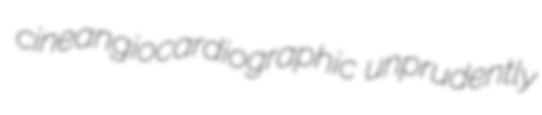
cineangiocardiographic unprudently